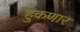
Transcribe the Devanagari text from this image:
हुकणार